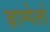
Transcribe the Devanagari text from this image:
ज़ाम्पेर्ला